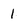
Character: 1